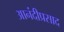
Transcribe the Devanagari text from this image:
आनंदीप्रसाद